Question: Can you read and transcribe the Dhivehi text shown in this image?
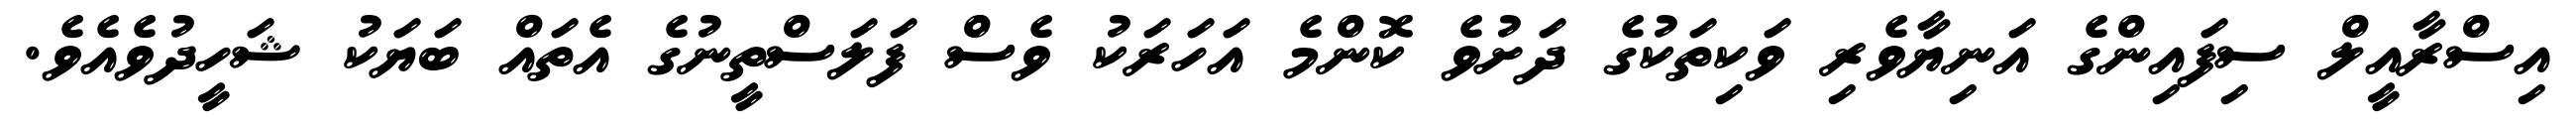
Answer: އިސްރާއީލް ސިފައިންގެ އަނިޔާވެރި ވަކިތަކުގެ ދަށުވެ ކޮންމެ އަހަރަކު ވެސް ފަލަސްތީނުގެ އެތައް ބަޔަކު ޝަހީދުވެއެވެ.